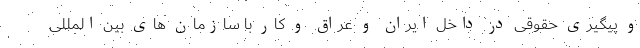
و پیگیری حقوقی در داخل ایران و عراق و کار با سازمان های بین المللی